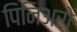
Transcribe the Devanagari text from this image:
पिनिअरो